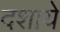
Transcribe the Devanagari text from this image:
दशाये